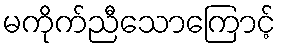
မကိုက်ညီသောကြောင့်